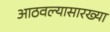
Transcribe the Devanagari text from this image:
आठवल्यासारख्या